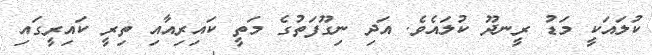
ކުލައަކީ މަޑު ރީނދޫ ކުލައެވެ. އަދި ނިގޫފަތުގެ މަތީ ކައިރިއާއި ތިރީ ކައިރީގައި